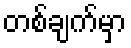
တစ်ချက်မှာ